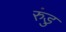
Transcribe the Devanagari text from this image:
रुंडु